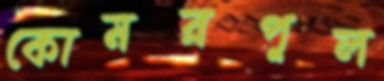
কোমরপুল